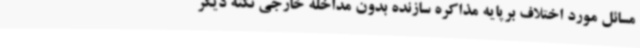
مسائل مورد اختلاف برپایه مذاکره سازنده بدون مداخله خارجی نکته دیگر